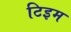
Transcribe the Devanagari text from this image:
टिइम